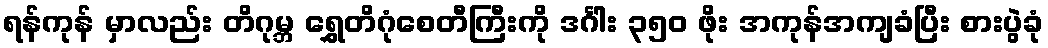
ရန်ကုန် မှာလည်း တိဂုမ္ဘ ရွှေတိဂုံစေတီကြီးကို ဒင်္ဂါး ၃၅၀ ဖိုး အကုန်အကျခံပြီး စားပွဲခုံ